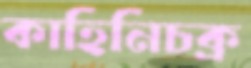
কাহিনিচক্র